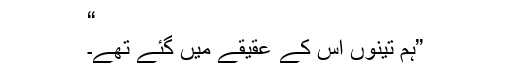
“
”ہم تینوں اُس کے عقیقے میں گئے تھے۔